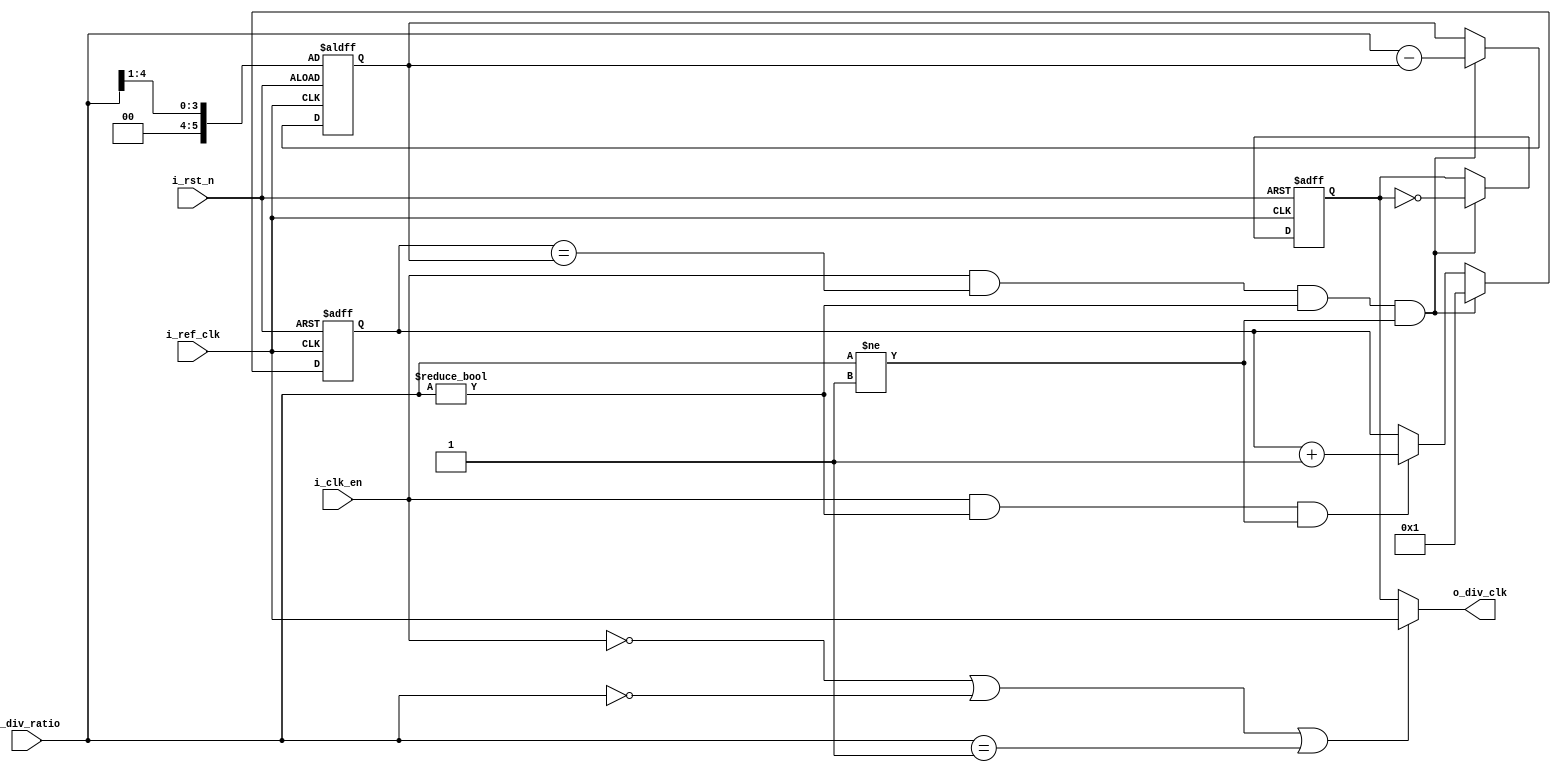
//This clock divider works as a divider if the enable is high 
//as well as the dividing ratio is not 1 or 0, else the output
//will be the reference input clock
module CLK_Divider (
    input wire i_ref_clk, i_rst_n, i_clk_en,
    input wire [4:0] i_div_ratio,
    output reg o_div_clk
);

reg [5:0] Counter, Duty;
reg out_seq;

always @ (posedge i_ref_clk or negedge i_rst_n)
begin
    if(!i_rst_n)
    begin
        Duty <= i_div_ratio >> 1;
        out_seq <= 1'b0;
        Counter <= 5'b1;
    end
    else if(i_clk_en && (Counter == Duty) && i_div_ratio != 5'b0 && i_div_ratio != 5'b1)
    begin
        out_seq <= ! out_seq;
        Counter <= 5'b1;
        Duty <= i_div_ratio - Duty;
    end
    else if(i_clk_en && i_div_ratio != 5'b0 && i_div_ratio != 5'b1)
    begin
        Counter <= Counter + 1;
    end

end

//Block to choose the refernce as an output or the divider.
always @(*) 
begin
    if (!i_clk_en || i_div_ratio == 5'b0 || i_div_ratio == 5'b1)
    begin
        o_div_clk = i_ref_clk;
    end
    else
    begin
        o_div_clk = out_seq;
    end
end

//to update the duty cycle when the ratio changes
/*always @(*) 
begin
    Duty = i_div_ratio >> 1;
end*/

endmodule